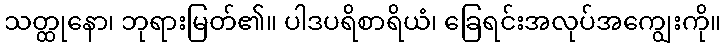
သတ္ထုနော၊ ဘုရားမြတ်၏။ ပါဒပရိစာရိယံ၊ ခြေရင်းအလုပ်အကျွေးကို။